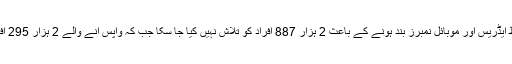
دستاویزات کے مطابق غلط ایڈریس اور موبائل نمبرز بند ہونے کے باعث 2 ہزار 887 افراد کو تلاش نہیں کیا جا سکا جب کہ واپس آنے والے 2 ہزار 295 افراد کا سراغ لگا لیا گیا ہے۔